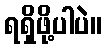
ရရှိဖို့ပါပဲ။